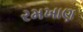
રમખાણ